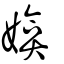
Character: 媕